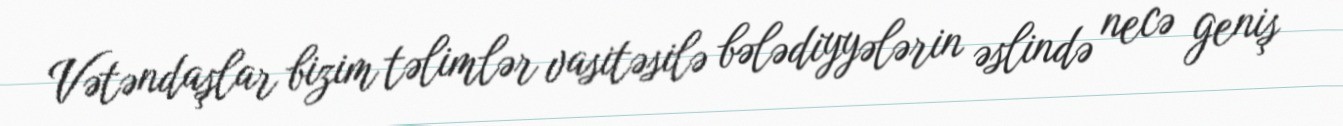
Vətəndaşlar bizim təlimlər vasitəsilə bələdiyyələrin əslində necə geniş